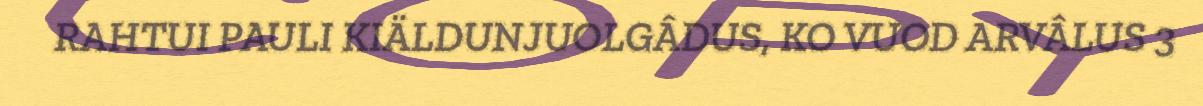
RAHTUI PAULI KIÄLDUNJUOLGÂDUS, KO VUOD ARVÂLUS 3